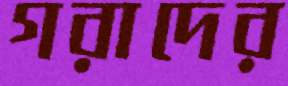
গরাদের